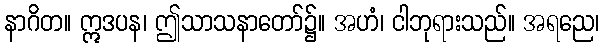
နာဂိတ။ ဣဒပန၊ ဤသာသနာတော်၌။ အဟံ၊ ငါဘုရားသည်။ အရညေ၊